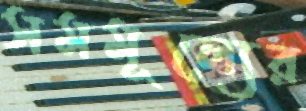
সমমূল্যের